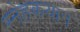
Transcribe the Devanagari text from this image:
स्नेहकयान